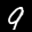
Label: 9